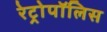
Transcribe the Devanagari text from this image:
रेट्रोपॉलिस